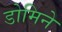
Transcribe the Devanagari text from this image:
डोमिने